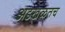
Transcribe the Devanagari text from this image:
अडखळतच